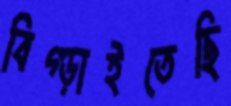
বিগ্‌ড়াইতেছি